Civil Veterinary Dept. Bombay admin report 1907-1913 - 1907-1913
Year: 1907
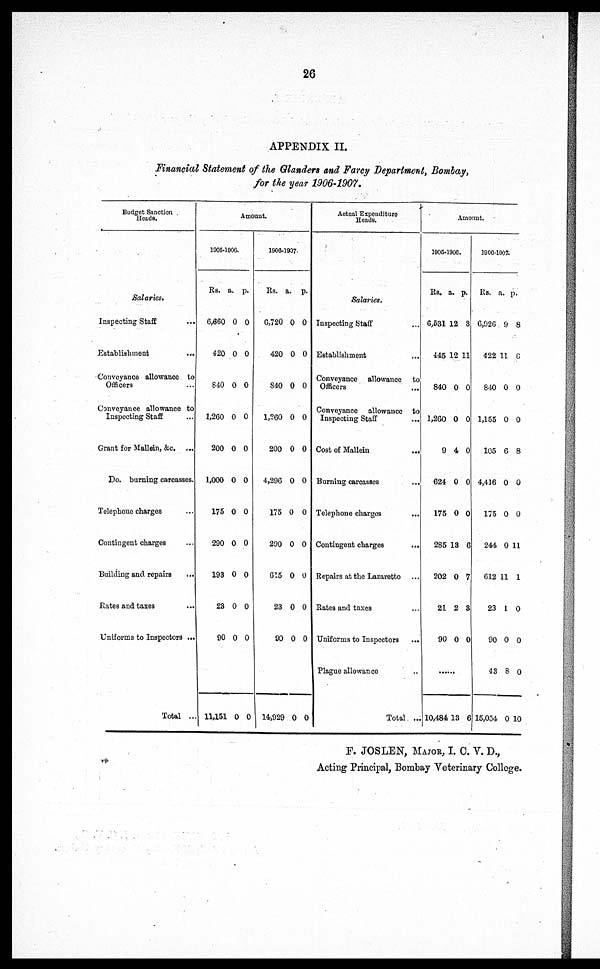
26
APPENDIX II.
Financial Statement of the Glanders and Farcy Department, Bombay,
for the year 1906-1907.
Budget Sanction
Heads.
Salaries.
Inspecting Staff ...
Establishment ...
Conveyance allowance to
Officers ...
Conveyance allowance to
Inspecting Staff ...
Grant for Mallein, &c. ...
Do. burning carcasses.
Telephone charges ...
Contingent charges ...
Building and repairs ...
Kates and taxes ...
Uniforms to Inspectors ...
Total ..
Amount.
1905-1906.
Rs.
6,660
420
640
1,260
200
1,000
175
290
193
23
90
11,151
a.
0
0
0
0
0
0
0
0
0
0
0
0
p.
0
0
0
0
0
0
0
0
0
0
0
0
1906-1907.
Rs.
6,720
420
840
1,260
200
4,290
175
290
615
23
90
14,929
a.
0
0
0
0
0
0
0
0
0
0
0
0
p.
0
0
0
0
0
0
0
0
0
0
0
0
Actual Expenditure
Heads.
Salaries.
Inspecting Staff ...
Establishment ...
Conveyance allowance to
Officers ...
Conveyance allowance to
Inspecting Staff ...
Cost of
Mallein
...
Burning carcasses ...
Telephone charges ...
Contingent charges
...
Repairs at the Lazaretto ...
Rates and taxes ...
Uniforms to Inspectors
...
Plague allowance ...
Total ...
Amount.
1905-1906.
Rs.
6,531 1
445 1
840
1,260
9
624
175
285
202
21
90
......
10,484
a.
2
2 1
0
0
4
0
0
13
0
2
0
13
p.
3
1
0
0
0
0
0
6
7
3
0
6
1906-1907.
Rs.
6,926
422 1
840
1,155
105
4,416
175
244
612
23
90
43
15,034
a.
9
1
0
0
6
0
0
0
11
1
0
8
0
p.
8
6
0
0
8
0
0
1
1
1
0
0
0
10
F. JOSLEN, MAJOR, I. C. V. D.,
Acting Principal, Bombay Veterinary College.